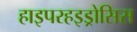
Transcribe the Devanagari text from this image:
हाइपरहइड्रोसिस